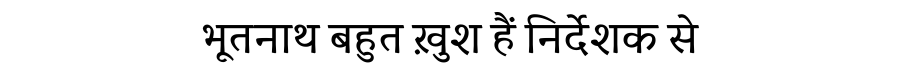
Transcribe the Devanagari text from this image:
भूतनाथ बहुत ख़ुश हैं निर्देशक से